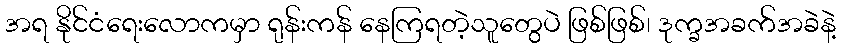
အရ နိုင်ငံရေးလောကမှာ ရုန်းကန် နေကြရတဲ့သူတွေပဲ ဖြစ်ဖြစ်၊ ဒုက္ခအခက်အခဲနဲ့